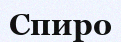
Спиро